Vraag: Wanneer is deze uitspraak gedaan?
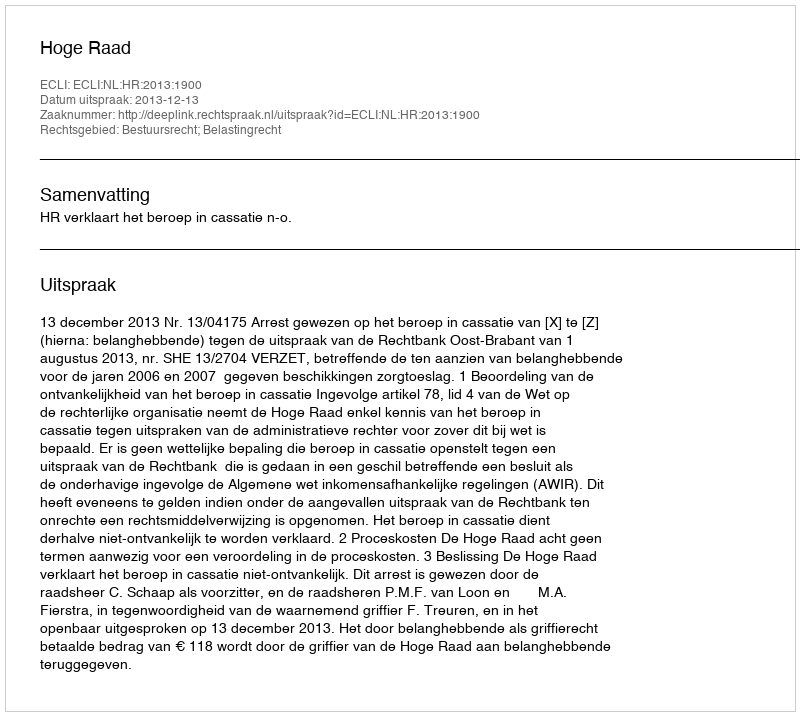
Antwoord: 2013-12-13